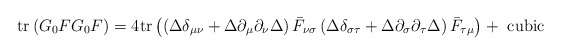
\begin{align*}\mathrm{tr}\left(G_0FG_0F\right)=4\mathrm{tr}\left(\left(\Delta\delta_{\mu\nu}+\Delta\partial_\mu\partial_\nu\Delta\right)\bar{F}_{\nu\sigma}\left(\Delta\delta_{\sigma\tau}+\Delta\partial_\sigma\partial_\tau\Delta\right)\bar{F}_{\tau\mu}\right)+\textrm{ cubic}\end{align*}